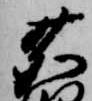
鹿